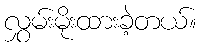
လွှမ်းမိုးထားခဲ့တယ်။